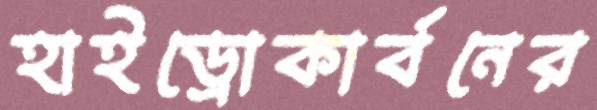
হাইড্রোকার্বনের